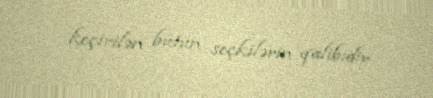
keçirilən bütün seçkilərin qalibidir.